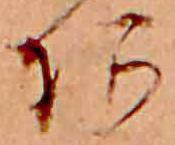
あ